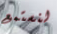
لنستمع